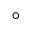
^ { \circ }